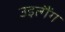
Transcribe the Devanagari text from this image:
उइत्गैंग